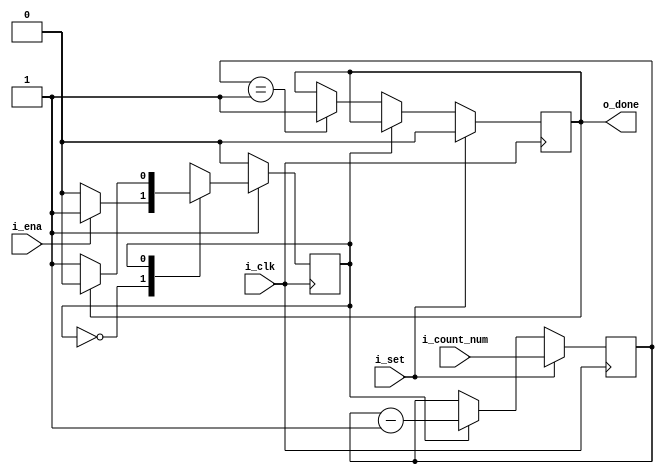
module counter(
    input                    i_clk,
    input                    i_set,
    input                    i_ena,
    input      [ 7: 0] i_count_num,
    output reg              o_done
);

    reg [ 7: 0] count_num;

    /*
    always@(posedge i_clk)begin
        if(i_set) begin 
            count_num <= i_count_num;
            o_done    <= 1'b0;
        end

        else if(i_ena)begin
            if(count_num == 8'b1) begin 
                o_done <= 1'b1;
            end

            else begin
                count_num <= count_num - 1;
            end
        end

        else begin
            count_num <= i_count_num;
            o_done    <= 1'b0;
        end
    end
    */

    parameter IDLE  = 1'b0;
    parameter COUNT = 1'b1;
    reg state, next_state;

    always @(posedge i_clk) begin
        if(~i_rst_n)
            state <= IDLE;
        else
            state <= next_state;
    end

    always @(*) begin
        case (state)
            IDLE   : next_state = i_ena ? COUNT: IDLE ;
            COUNT  : next_state = o_done? IDLE : COUNT; 
            default: next_state = IDLE                ; 
        endcase
    end

    always @(posedge i_clk) begin

        if(i_set) begin 
            count_num <= i_count_num;
            o_done    <= 1'b0;
        end

        else if(state == COUNT) begin
            count_num <= count_num - 1;
        end

        else if(count_num == 8'b1) begin
            o_done    <= 1'b1;
        end

        else begin
            
        end

    
    end

endmodule